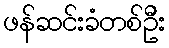
ဖန်ဆင်းခံတစ်ဦး